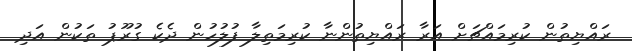
ރައްޔިތުން ކުރިމައްޗަށް އަރާ ރައްޔިތުންނާ ކުރިމަތިލާ ފުލުހުން ދެކެ ގުރޫޕު ތަކުން އަދި